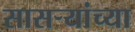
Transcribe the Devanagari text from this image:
सासर्‍यांच्या